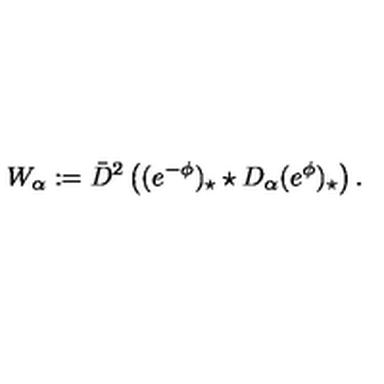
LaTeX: W _ { \alpha } : = \bar { D } ^ { 2 } \left( ( e ^ { - \phi } ) _ { \star } \star D _ { \alpha } ( e ^ { \phi } ) _ { \star } \right) .